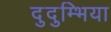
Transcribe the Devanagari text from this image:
दुदुम्भिया